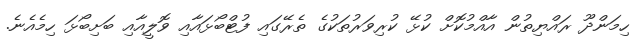
ހިމަންދޫ ރައްޔިތުން އާއްމުކޮށް ކުޅޭ ކުރިވަރުތަކުގެ ތެރޭގައި ފުޓްބޯޅައާއި ވޮލީއާއި ބަށިބޯޅަ ހިމެއެނެ.